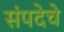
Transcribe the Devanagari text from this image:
संपदेचे